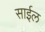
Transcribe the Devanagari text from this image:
साईल